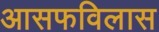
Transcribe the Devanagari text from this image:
आसफविलास